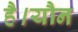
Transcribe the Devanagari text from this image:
है।यौन